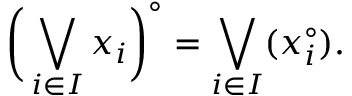
{ \biggl ( } \bigvee _ { i \in I } { x _ { i } } { \biggr ) } ^ { \circ } = \bigvee _ { i \in I } ( x _ { i } ^ { \circ } ) .